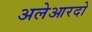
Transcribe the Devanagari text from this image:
अलेआरदो